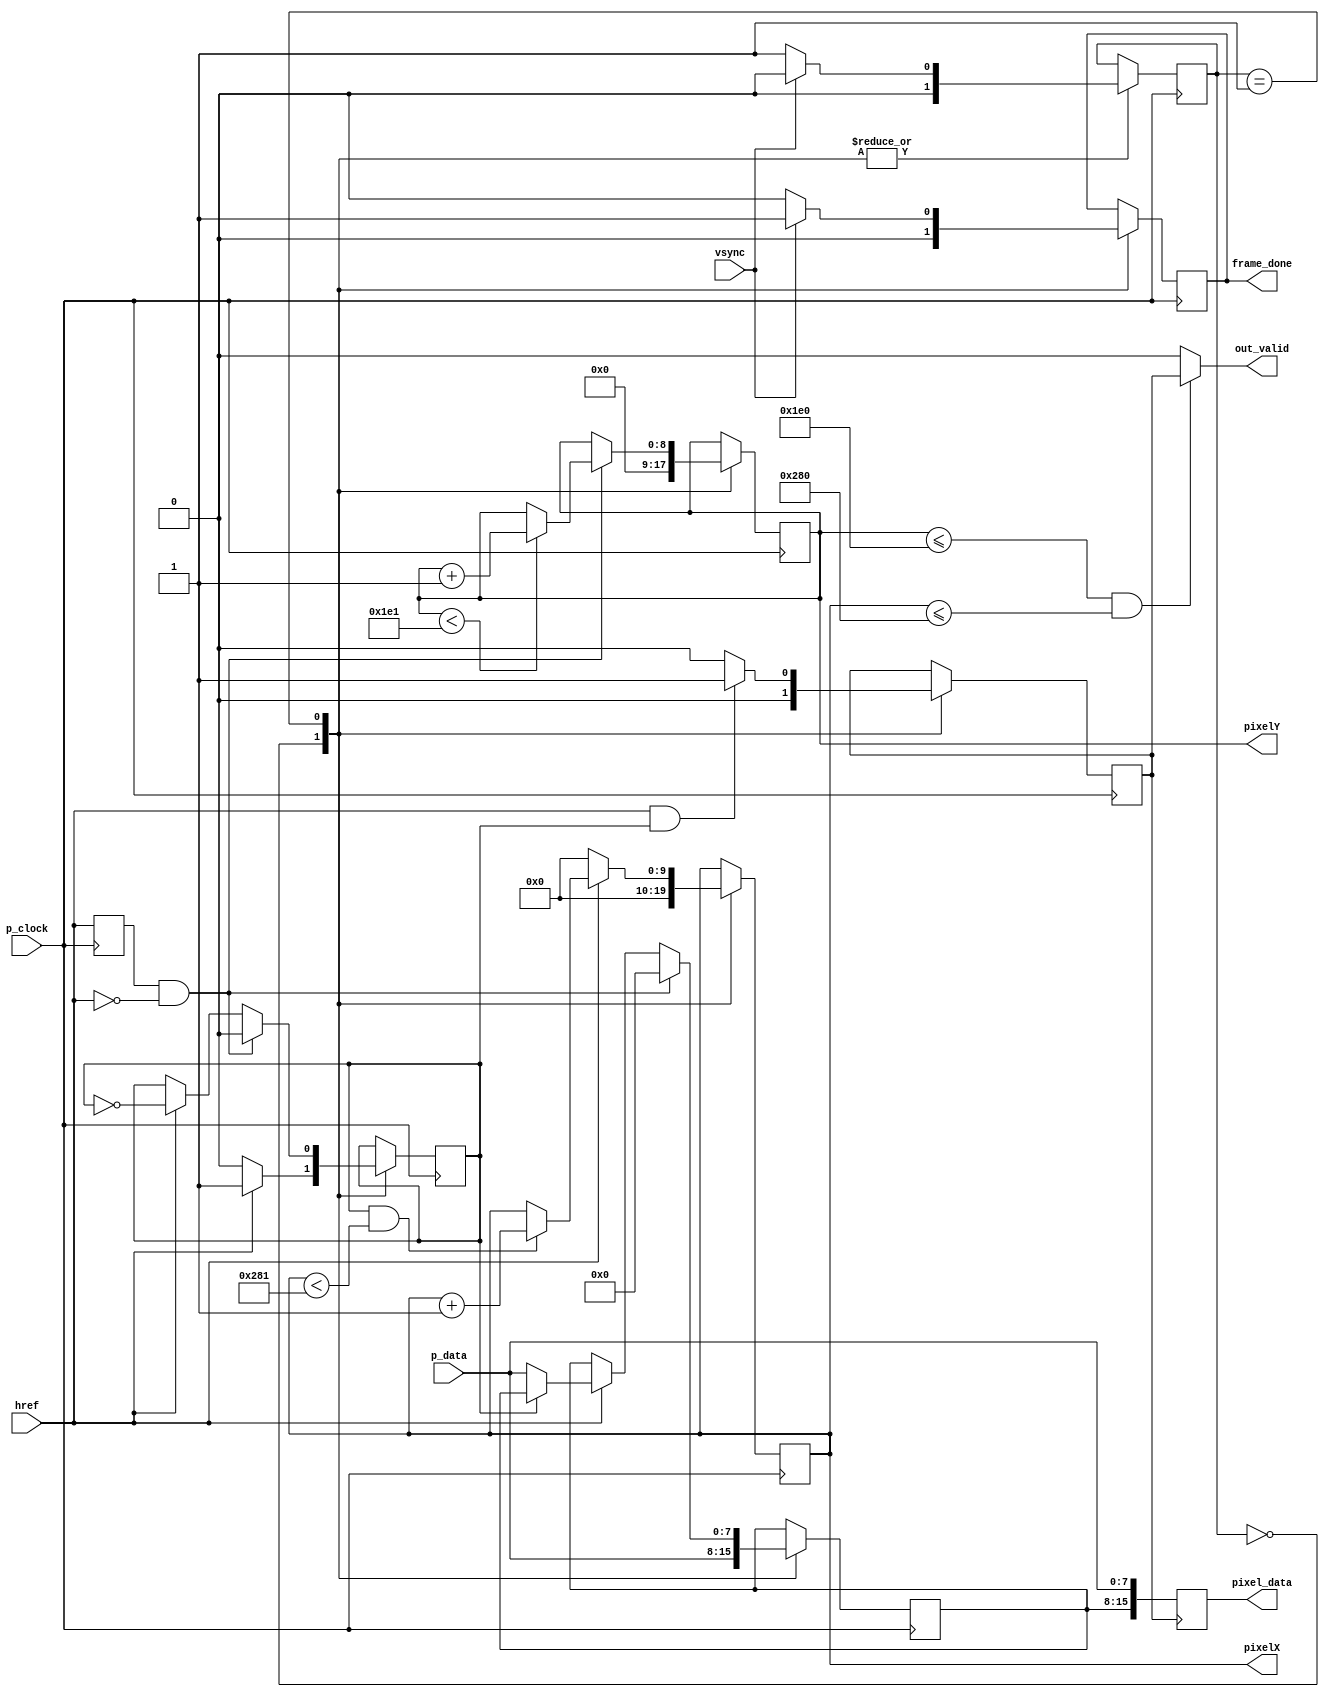
`timescale 1ns / 1ps
//////////////////////////////////////////////////////////////////////////////////
// Company: 
// Engineer: 
// 
// Design Name: 
// Module Name:    camera_read 
// Project Name: 
// Target Devices: 
// Tool versions: 
// Description: 
//
// Dependencies: 
//
// Revision: 
// Revision 0.01 - File Created
// Additional Comments: 
//
//////////////////////////////////////////////////////////////////////////////////
module camera_read(
	input wire p_clock,
	input wire vsync,
	input wire href,
	input wire [7:0] p_data,
	output reg [15:0] pixel_data = 16'hFEC8,   // random start val bc why not.
	output     [9:0]  pixelX,
	output     [8:0]  pixelY,
	output            out_valid,
	output reg frame_done = 0
    );
	 
	
	reg [1:0] FSM_state = 0;
    reg pixel_half = 0;
    reg prevHref = 0;
	reg pixel_valid = 0;
	
	localparam WAIT_FRAME_START = 0;
	localparam ROW_CAPTURE = 1;
	reg [9:0] hIdx = 10'h000;
	reg [8:0] vIdx = 9'h000;
	
	assign pixelX = hIdx;
	assign pixelY = vIdx;
    reg [7:0] firstHalfPixel = 8'h00;
	always@(posedge p_clock) begin 
        prevHref <= href;
        case(FSM_state)
            WAIT_FRAME_START: begin //wait for VSYNC
                FSM_state <= (!vsync) ? ROW_CAPTURE : WAIT_FRAME_START;
                frame_done <= 0;
                pixel_half <= (href) ? 1 : 0;
                firstHalfPixel <= p_data;
                pixel_valid <= 0;
                hIdx <= 0;
                vIdx <= 0;
            end

            ROW_CAPTURE: begin 
                FSM_state <= vsync ? WAIT_FRAME_START : ROW_CAPTURE;
                frame_done <= vsync ? 1 : 0;
                pixel_valid <= (href && pixel_half) ? 1 : 0;
                // if href goes low, then we need to reset our horizontal position.
                hIdx <= (href) ? ((pixel_half && (hIdx < 10'd641)) ? hIdx + 1 : hIdx) : 10'h000;
                // if href transitions from high to low, then we need to move to the next row
                if (prevHref == 1 && href == 0) begin
                    vIdx <= (vIdx < 9'd481) ? vIdx + 1 : vIdx;
                    pixel_half <= 0;
                    firstHalfPixel <= 0;
                end else if (href) begin
                    if (pixel_half == 0)
                        firstHalfPixel <= p_data;
                    pixel_half <= ~pixel_half;
                end
            end
        endcase
    end

    always@(posedge pixel_valid) begin
        pixel_data <= {firstHalfPixel, p_data};
    end

    assign out_valid = (vIdx <= 480 && hIdx <= 640) ? pixel_valid           : 1'b0;
endmodule